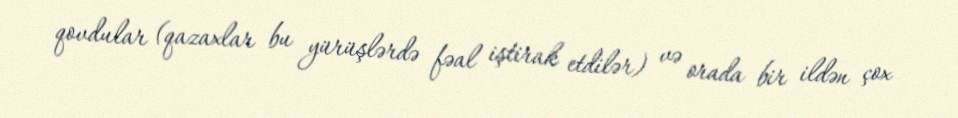
qovdular (qazaxlar bu yürüşlərdə fəal iştirak etdilər) və orada bir ildən çox